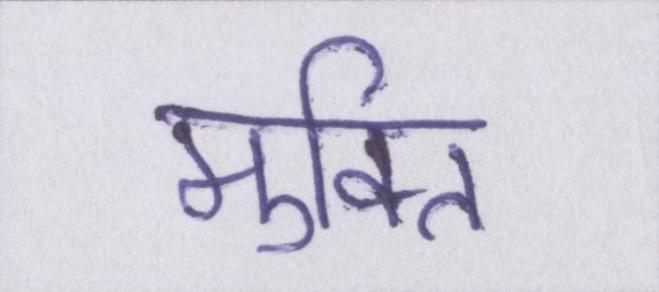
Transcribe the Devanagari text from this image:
मुक्ति